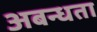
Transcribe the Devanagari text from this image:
अबन्धता